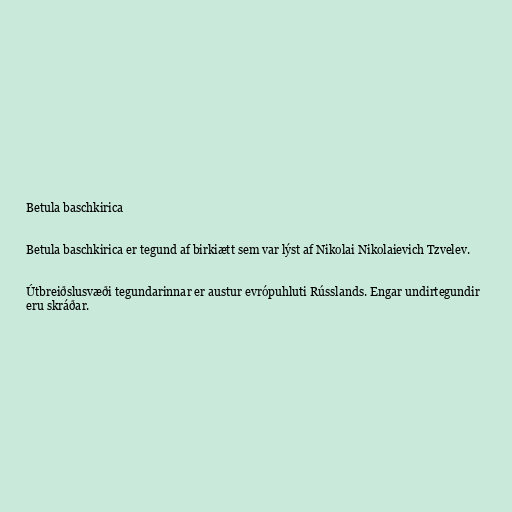
Betula baschkirica

Betula baschkirica er tegund af birkiætt sem var lýst af Nikolai Nikolaievich Tzvelev.

Útbreiðslusvæði tegundarinnar er austur evrópuhluti Rússlands. Engar undirtegundir
eru skráðar.